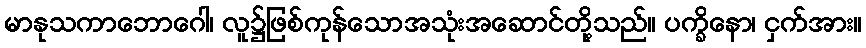
မာနုသကာဘောဂေါ၊ လူ၌ဖြစ်ကုန်သောအသုံးအဆောင်တို့သည်။ ပက္ခိနော၊ ငှက်အား။